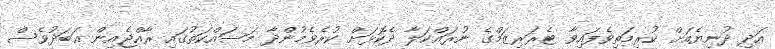
އަދި ދުނިޔެއަށް ކުރިމަތިވެފައިވާ ޓެރަރިޒަމްގެ ނުރައްކަލާ ދެކޮޅަށް ކުރެވެމުންދާ މަސައްކަތުގައި ރާއްޖެއިން އަބަދުވެސް